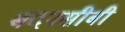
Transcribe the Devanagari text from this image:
बदनसीबी